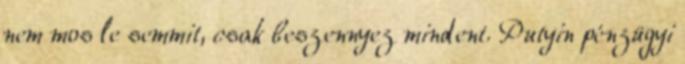
nem mos le semmit, csak beszennyez mindent. Putyin pénzügyi